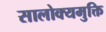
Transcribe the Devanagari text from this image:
सालोक्यमुक्ति